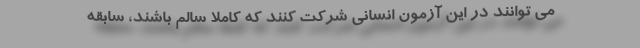
می توانند در این آزمون انسانی شرکت کنند که کاملا سالم باشند، سابقه